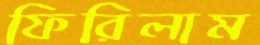
ফিরিলাম